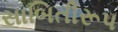
સાબિતીરૂપ